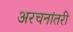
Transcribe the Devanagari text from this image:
अरचनांतरी